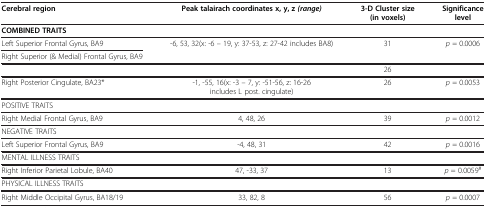
<table><thead><tr><td><b>Cerebral region</b></td><td><b>Peak talairach coordinates x, y, z<i>(range)</i></b></td><td><b>3-D Cluster size (in voxels)</b></td><td><b>Significance level</b></td></tr></thead><tbody><tr><td><b>COMBINED TRAITS</b></td><td> </td><td> </td><td> </td></tr><tr><td>Left Superior Frontal Gyrus, BA9</td><td>-6, 53, 32(x: -6 – 19, y: 37-53, z: 27-42 includes BA8)</td><td>31</td><td><i>p</i> = 0.0006</td></tr><tr><td>Right Superior (&amp; Medial) Frontal Gyrus, BA9</td><td> </td><td> </td><td> </td></tr><tr><td> </td><td> </td><td>26</td><td> </td></tr><tr><td>Right Posterior Cingulate, BA23*</td><td>-1, -55, 16(x: -3 – 7, y: -51-56, z: 16-26 includes L post. cingulate)</td><td>26</td><td><i>p</i> = 0.0053</td></tr><tr><td>POSITIVE TRAITS</td><td> </td><td> </td><td> </td></tr><tr><td>Right Medial Frontal Gyrus, BA9</td><td>4, 48, 26</td><td>39</td><td><i>p</i> = 0.0012</td></tr><tr><td>NEGATIVE TRAITS</td><td> </td><td> </td><td> </td></tr><tr><td>Left Superior Frontal Gyrus, BA9</td><td>-4, 48, 31</td><td>42</td><td><i>p</i> = 0.0016</td></tr><tr><td>MENTAL ILLNESS TRAITS</td><td> </td><td> </td><td> </td></tr><tr><td>Right Inferior Parietal Lobule, BA40</td><td>47, -33, 37</td><td>13</td><td><i>p</i> = 0.0059<sup>#</sup></td></tr><tr><td>PHYSICAL ILLNESS TRAITS</td><td> </td><td> </td><td> </td></tr><tr><td>Right Middle Occipital Gyrus, BA18/19</td><td>33, 82, 8</td><td>56</td><td><i>p</i> = 0.0007</td></tr></tbody></table>